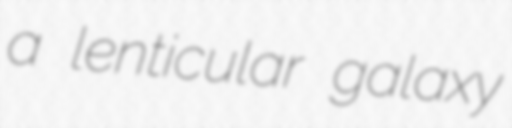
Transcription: a lenticular galaxy